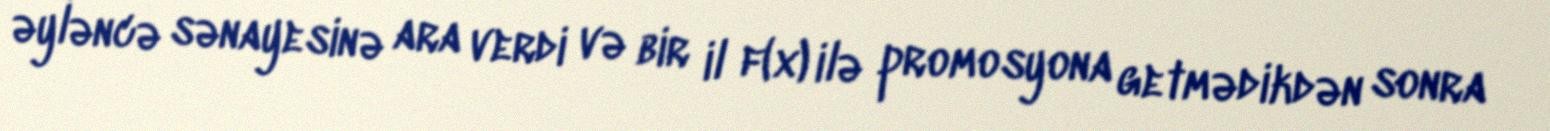
əyləncə sənayesinə ara verdi və bir il f(x) ilə promosyona getmədikdən sonra